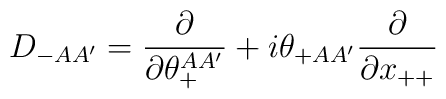
D_{-AA'} = {\partial\over\partial\theta^{AA'}_+} + i\theta_{+AA'}{\partial\over\partial x_{++}}